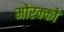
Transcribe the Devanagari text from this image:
मोरक्‍को